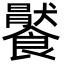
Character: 𩞹